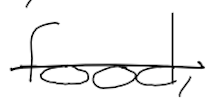
Text: food,
Cross-out: single-line
Writing tool: digital_black